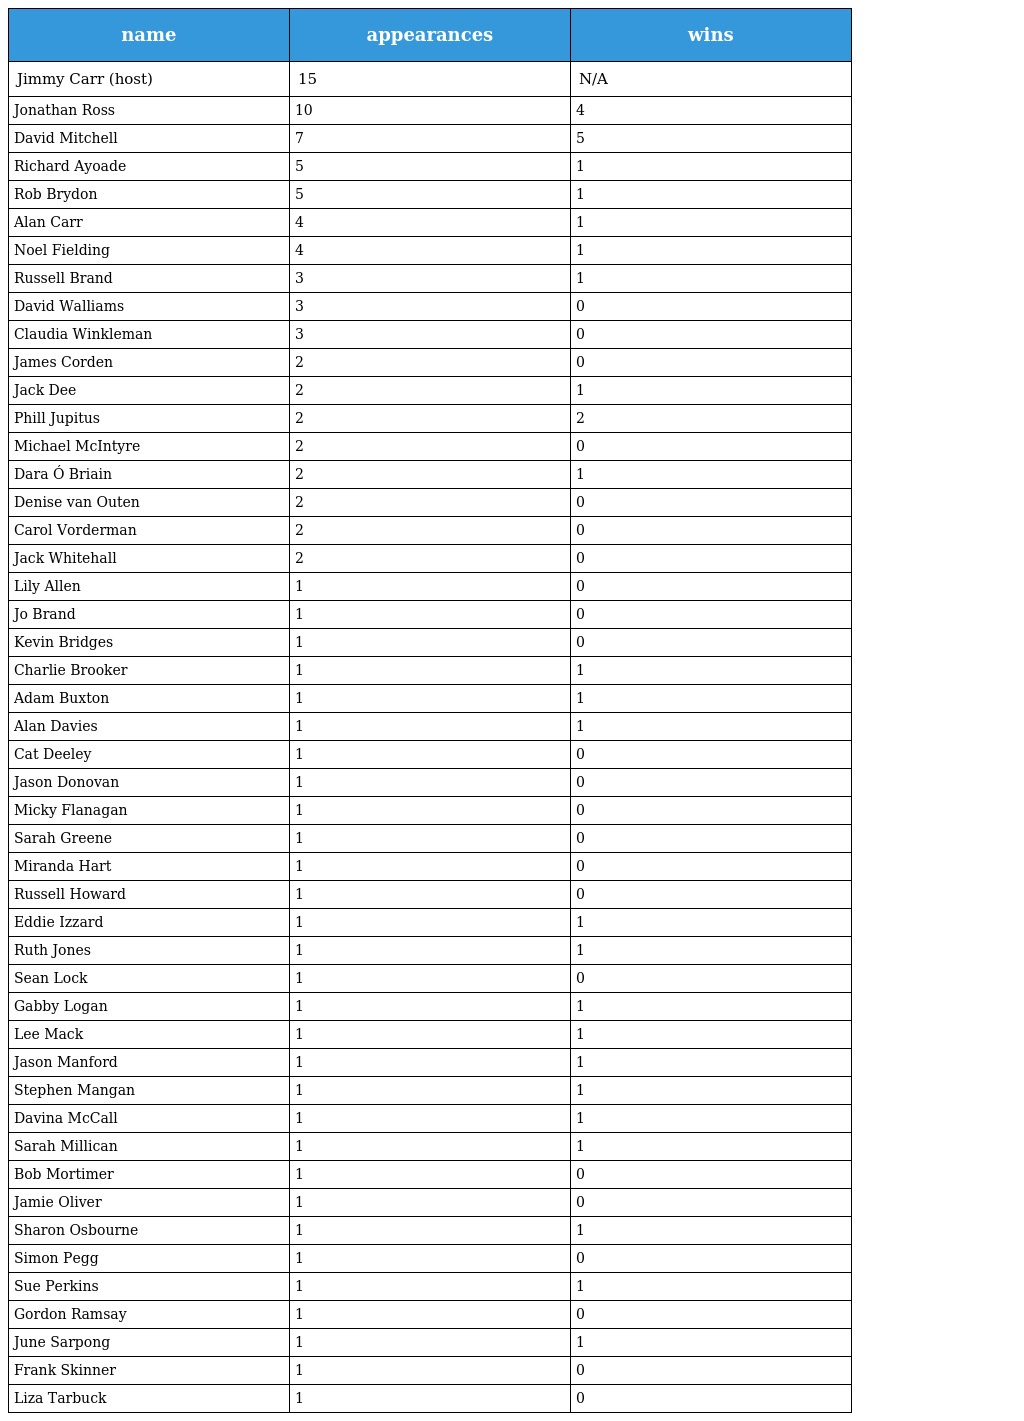
| name | appearances | wins |
 | --- | --- | --- |
 | Jimmy Carr (host) | 15 | N/A |
 | Jonathan Ross | 10 | 4 |
 | David Mitchell | 7 | 5 |
 | Richard Ayoade | 5 | 1 |
 | Rob Brydon | 5 | 1 |
 | Alan Carr | 4 | 1 |
 | Noel Fielding | 4 | 1 |
 | Russell Brand | 3 | 1 |
 | David Walliams | 3 | 0 |
 | Claudia Winkleman | 3 | 0 |
 | James Corden | 2 | 0 |
 | Jack Dee | 2 | 1 |
 | Phill Jupitus | 2 | 2 |
 | Michael McIntyre | 2 | 0 |
 | Dara Ó Briain | 2 | 1 |
 | Denise van Outen | 2 | 0 |
 | Carol Vorderman | 2 | 0 |
 | Jack Whitehall | 2 | 0 |
 | Lily Allen | 1 | 0 |
 | Jo Brand | 1 | 0 |
 | Kevin Bridges | 1 | 0 |
 | Charlie Brooker | 1 | 1 |
 | Adam Buxton | 1 | 1 |
 | Alan Davies | 1 | 1 |
 | Cat Deeley | 1 | 0 |
 | Jason Donovan | 1 | 0 |
 | Micky Flanagan | 1 | 0 |
 | Sarah Greene | 1 | 0 |
 | Miranda Hart | 1 | 0 |
 | Russell Howard | 1 | 0 |
 | Eddie Izzard | 1 | 1 |
 | Ruth Jones | 1 | 1 |
 | Sean Lock | 1 | 0 |
 | Gabby Logan | 1 | 1 |
 | Lee Mack | 1 | 1 |
 | Jason Manford | 1 | 1 |
 | Stephen Mangan | 1 | 1 |
 | Davina McCall | 1 | 1 |
 | Sarah Millican | 1 | 1 |
 | Bob Mortimer | 1 | 0 |
 | Jamie Oliver | 1 | 0 |
 | Sharon Osbourne | 1 | 1 |
 | Simon Pegg | 1 | 0 |
 | Sue Perkins | 1 | 1 |
 | Gordon Ramsay | 1 | 0 |
 | June Sarpong | 1 | 1 |
 | Frank Skinner | 1 | 0 |
 | Liza Tarbuck | 1 | 0 |